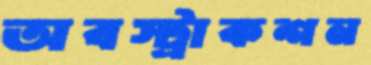
অবস্ট্রাকশন